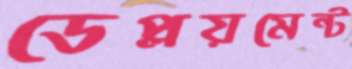
ডেপ্লয়মেন্ট